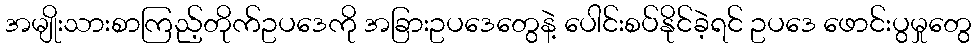
အမျိုးသားစာကြည့်တိုက်ဥပဒေကို အခြားဥပဒေတွေနဲ့ ပေါင်းစပ်နိုင်ခဲ့ရင် ဥပဒေ ဖောင်းပွမှုတွေ